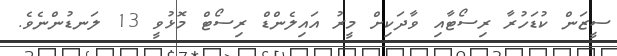
ސީޒަން ކުޑަހުރާ ރިސޯޓާއި ވާދަކިށް މީރު އައިލެންޑް ރިސޯޓް މޮޅުވީ 13 ލަނޑުންނެވެ.